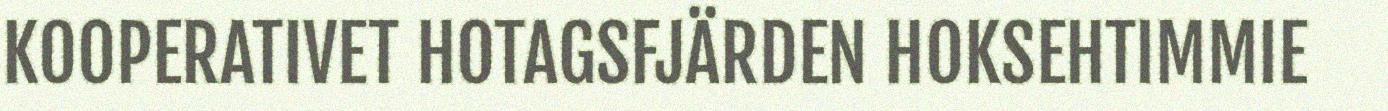
KOOPERATIVET HOTAGSFJÄRDEN HOKSEHTIMMIE